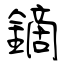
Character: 鏑